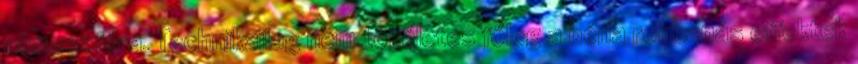
atmoszféra. Technikailag nem tökéletes főleg a béna robbanás effektek